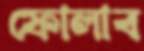
ফোলাব